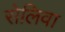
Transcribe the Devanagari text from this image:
सेलिवा